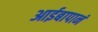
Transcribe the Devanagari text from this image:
आईबापानं